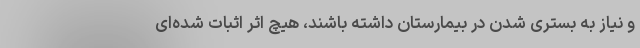
و نیاز به بستری شدن در بیمارستان داشته باشند، هیچ اثر اثبات شده‌ای